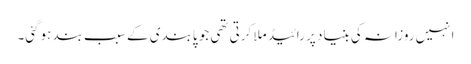
انہیں روزانہ کی بنیاد پر رائیڈ ملا کرتی تھی جو پابندی کے سبب بند ہوگئی۔